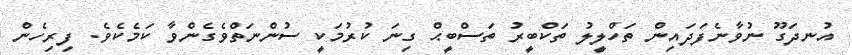
އުނދަގޫ ނުވާނެފަދައިން ތަހްލީލު ތަކްބީރު ތަސްބީޙް ގިނަ ކުރުމަކީ ސުންނަތްވެގެންވާ ކަމެކެވެ. ފިރިހެން